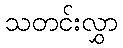
သတင်းလွှာ